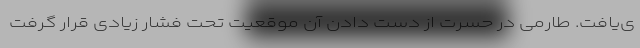
ی‌یافت. طارمی در حسرت از دست دادن آن موقعیت تحت فشار زیادی قرار گرفت